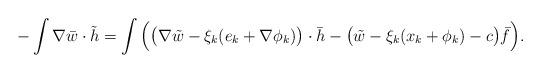
LaTeX: \begin{align*}-\int\nabla\bar w\cdot\tilde h=\int\Big(\big(\nabla\tilde w-\xi_k(e_k+\nabla\phi_k)\big)\cdot \bar h-\big(\tilde w-\xi_k(x_k+\phi_k)-c\big)\bar f\Big).\end{align*}